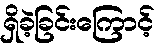
ရှိခဲ့ခြင်းကြောင့်